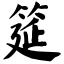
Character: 筵